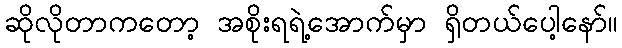
ဆိုလိုတာကတော့ အစိုးရရဲ့အောက်မှာ ရှိတယ်ပေါ့နော်။